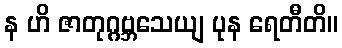
န ဟိ ဇာတုဂ္ဂဗ္ဘသေယျ ပုန ရေတီတိ။